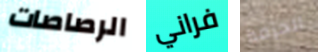
الرصاصات فراني الحزمة